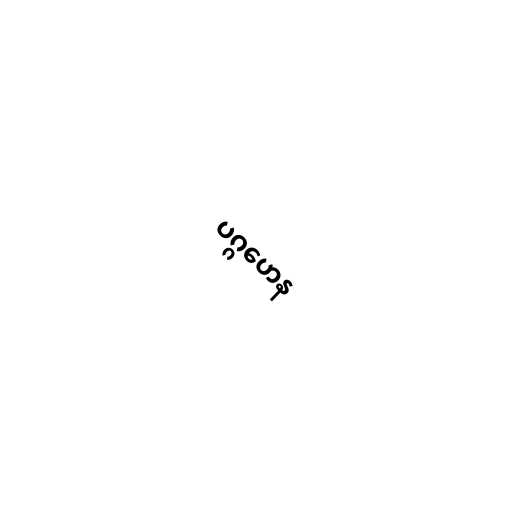
ပဂ္ဂဟေန